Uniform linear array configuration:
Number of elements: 32
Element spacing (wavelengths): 1
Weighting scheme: cosine
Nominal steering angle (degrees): -15
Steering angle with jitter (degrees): -16.896
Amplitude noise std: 0.05
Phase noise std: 0.05

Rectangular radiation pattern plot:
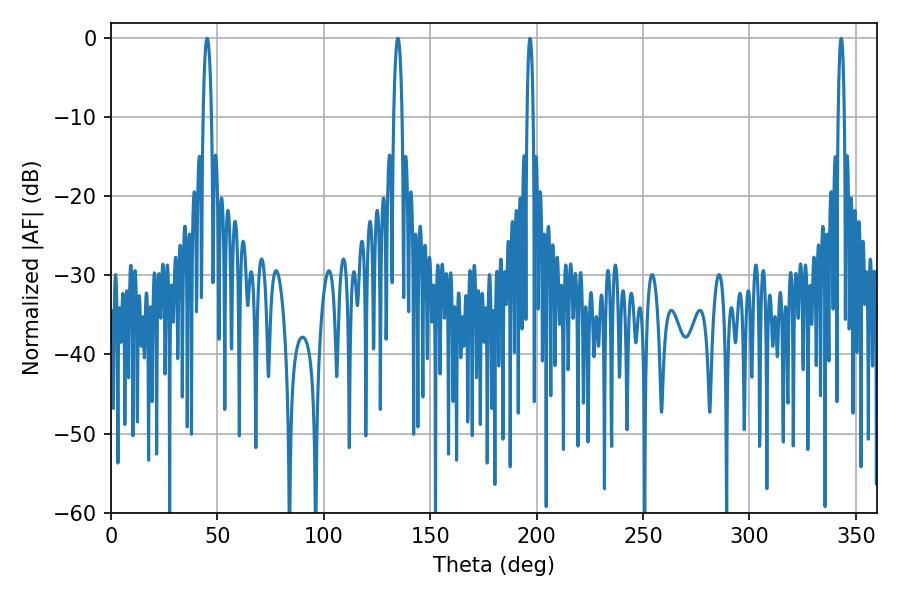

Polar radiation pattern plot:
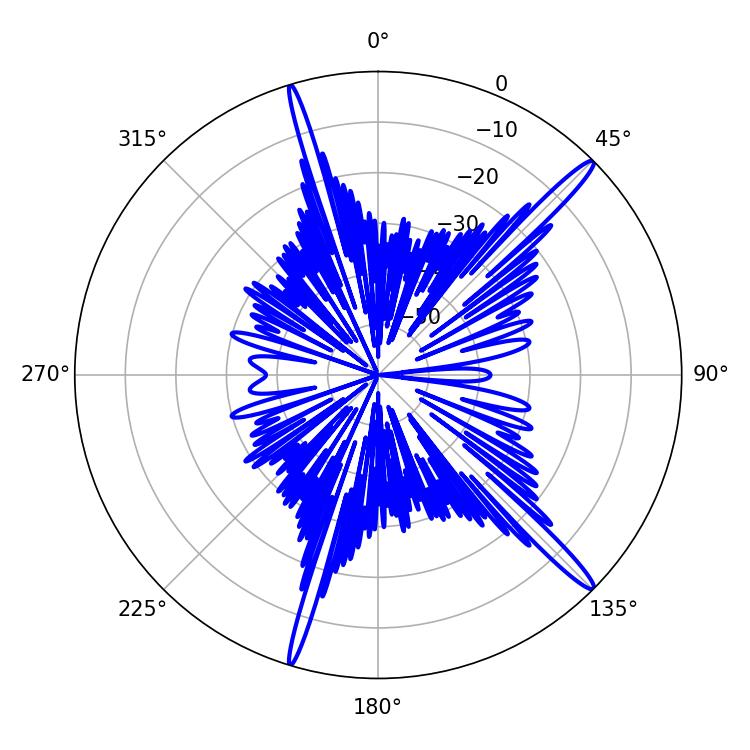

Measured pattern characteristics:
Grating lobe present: TRUE
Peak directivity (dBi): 16.56
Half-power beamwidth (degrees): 2.16
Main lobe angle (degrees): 45.18